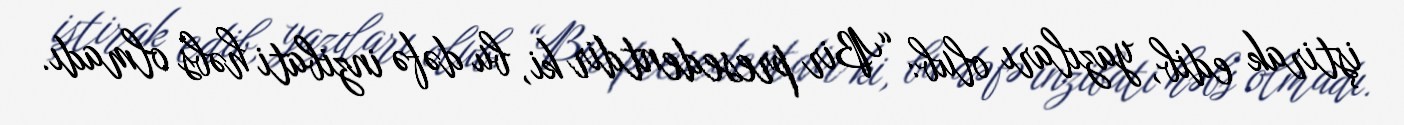
iştirak edib, yazıları olub: “Bir presedentdir ki, bu dəfə inzibati həbs olmadı.